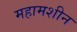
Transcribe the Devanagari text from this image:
महामशीन